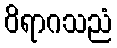
ဝိရာဂသညံ